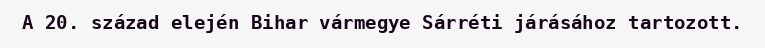
A 20. század elején Bihar vármegye Sárréti járásához tartozott.